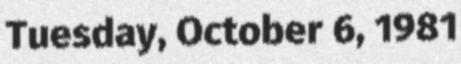
Tuesday, October 6, 1981